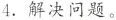
4.解决问题。